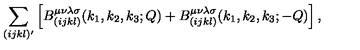
\sum _ { ( i j k l ) ^ { \prime } } \left[ B _ { ( i j k l ) } ^ { \mu \nu \lambda \sigma } ( k _ { 1 } , k _ { 2 } , k _ { 3 } ; Q ) + B _ { ( i j k l ) } ^ { \mu \nu \lambda \sigma } ( k _ { 1 } , k _ { 2 } , k _ { 3 } ; - Q ) \right] ,